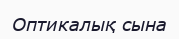
Оптикалық сына